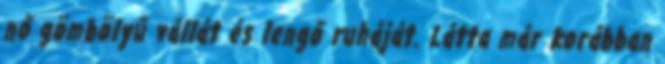
nő gömbölyű vállát és lengő ruháját. Látta már korábban